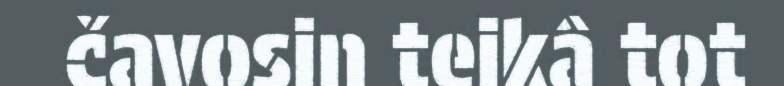
čavosin teikâ tot